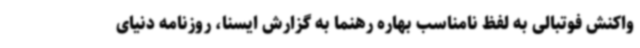
واکنش فوتبالی به لفظ نامناسب بهاره رهنما به گزارش ایسنا، روزنامه دنیای